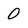
Character: 0